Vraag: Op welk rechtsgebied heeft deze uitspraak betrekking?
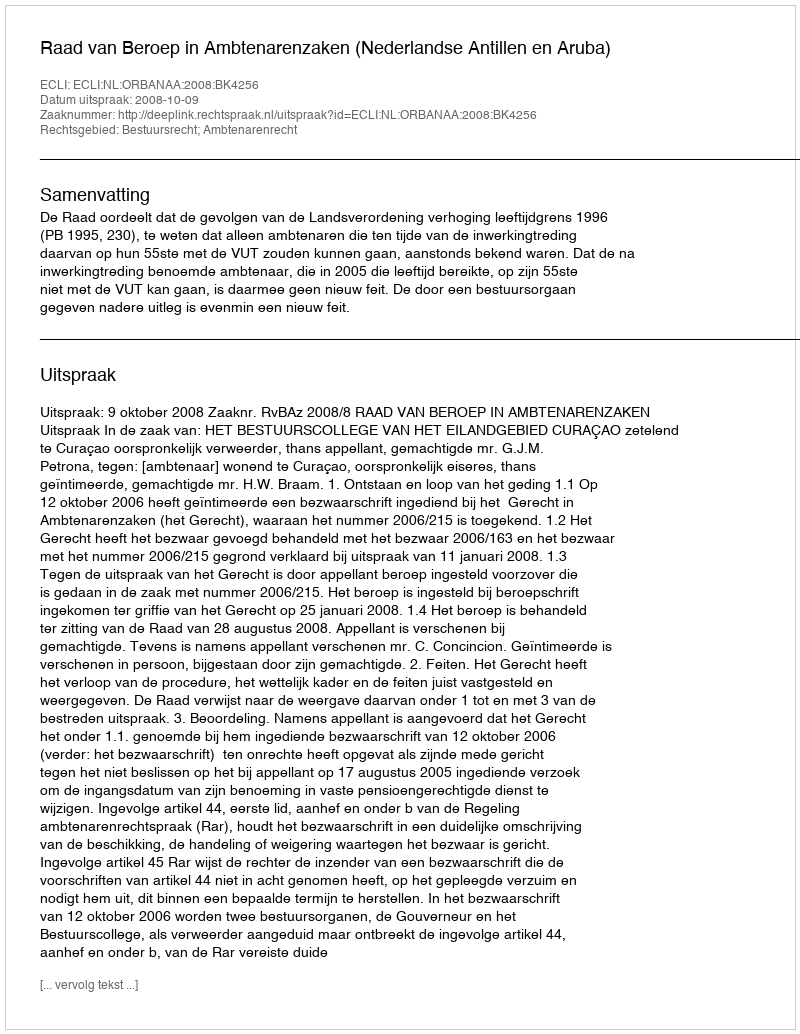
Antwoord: Bestuursrecht; Ambtenarenrecht